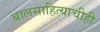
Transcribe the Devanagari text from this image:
बालसाहित्याचीही